Vaccine operations Central Provinces & Berar 1922-1929 - 1922-1929
Year: 1922
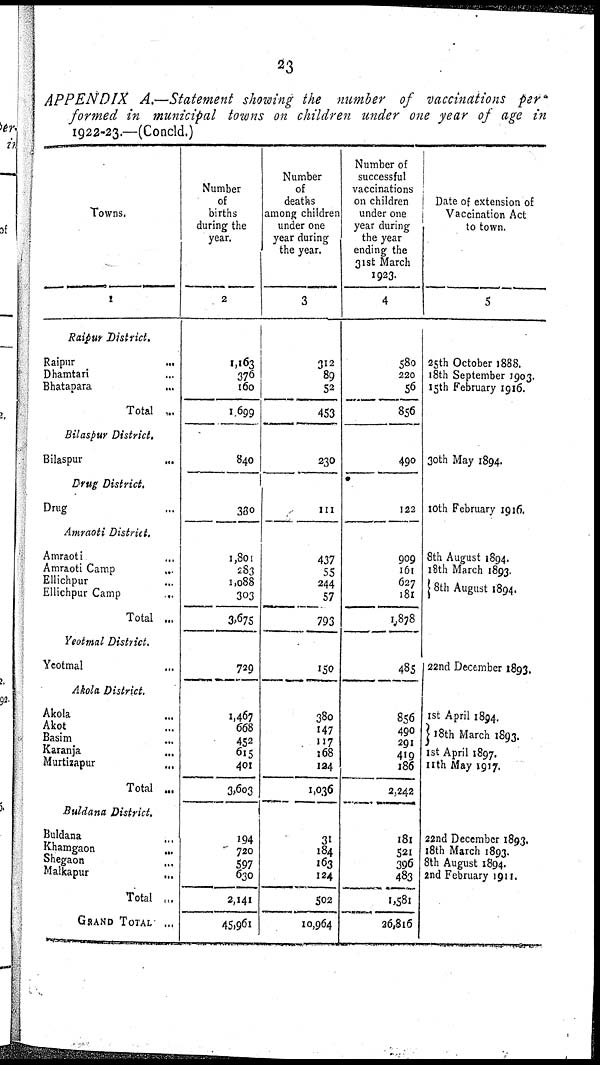
23
APPENDIX A.—Statement showing the number of vaccinations per
formed in municipal towns on children under one year of age in
1922-23.—(Concld.)
Towns.
1
Raipur District.
Raipur...
Dhamtari...
Bhatapara...
Total...
Bilaspur District.
Bilaspur...
Drug District.
Drug...
Amraoti District.
Amraoti...
Amraoti Camp..
Elhchpur...
Ellichpur Camp..
Total ...
Yeotmal District.
Yeotmal...
Akola District.
Akola...
Akot...
Basim...
Karanja...
Murtizapur...
Total...
Buldana District.
Buldana...
Khamgaon...
Shegaon...
Malkapur...
Total...
GRAND
TOTAL...
Number
of
births
during the
year.
2
1,163
376
160
1,699
840
330
1,801
283
1,088
303
3,675
729
1,467
668
452
6l5
401
3,603
194
720
597
630
2,141
45,961
Number
of
deaths
among children
under one
year during
the year.
3
312
89
52
453
230
111
437
55
244
57
793
150
380
147
117
168
124
1,036
31
184
163
124
502
10,964
Number of
successful
vaccinations
on children
under one
year during
the year
ending the
31st March
1923.
4
580
220
56
856
490
122
909
161
627
181
1,878
485
856
490
291
419
186
2,242
181
521
396
483
1,581
26,8l6
Date of extension of
Vaccination Act
to town.
5
25th October 1888.
18th September 1903.
15th February 1916.
30th May 1894.
10th February 1916.
8th August 1894.
18th March 1893.
8th August 1894.
22nd December 1893.
1st April 1894.
18th March 1893.
1st April 1897.
11th May 1917.
22nd December 1893.
18th March 1893.
8th August 1894.
2nd February 1911.